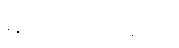
မာတာပိတရော